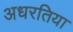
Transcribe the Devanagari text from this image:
अधरतिया